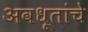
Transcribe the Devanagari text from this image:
अवधूतांचे